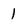
Character: 1